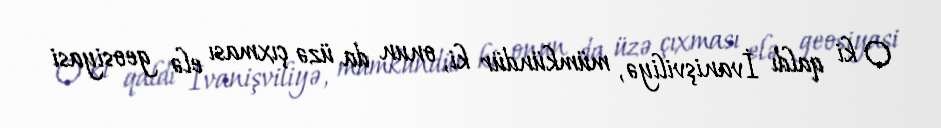
O ki qaldı İvanişviliyə, mümkündür ki, onun da üzə çıxması elə geosiyasi